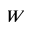
W